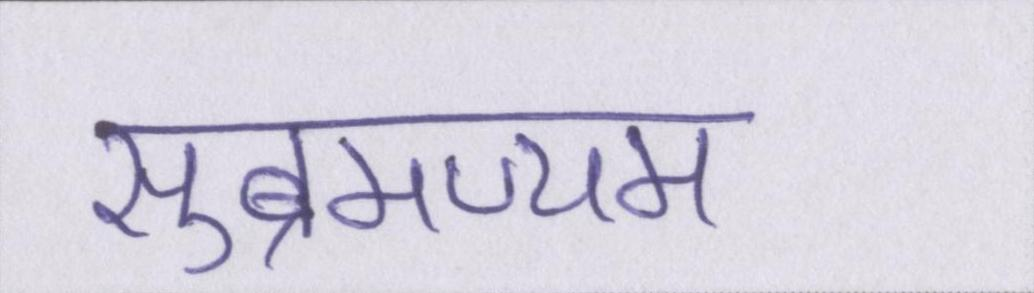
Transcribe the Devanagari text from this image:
सुब्रमण्यम